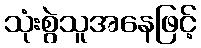
သုံးစွဲသူအနေဖြင့်